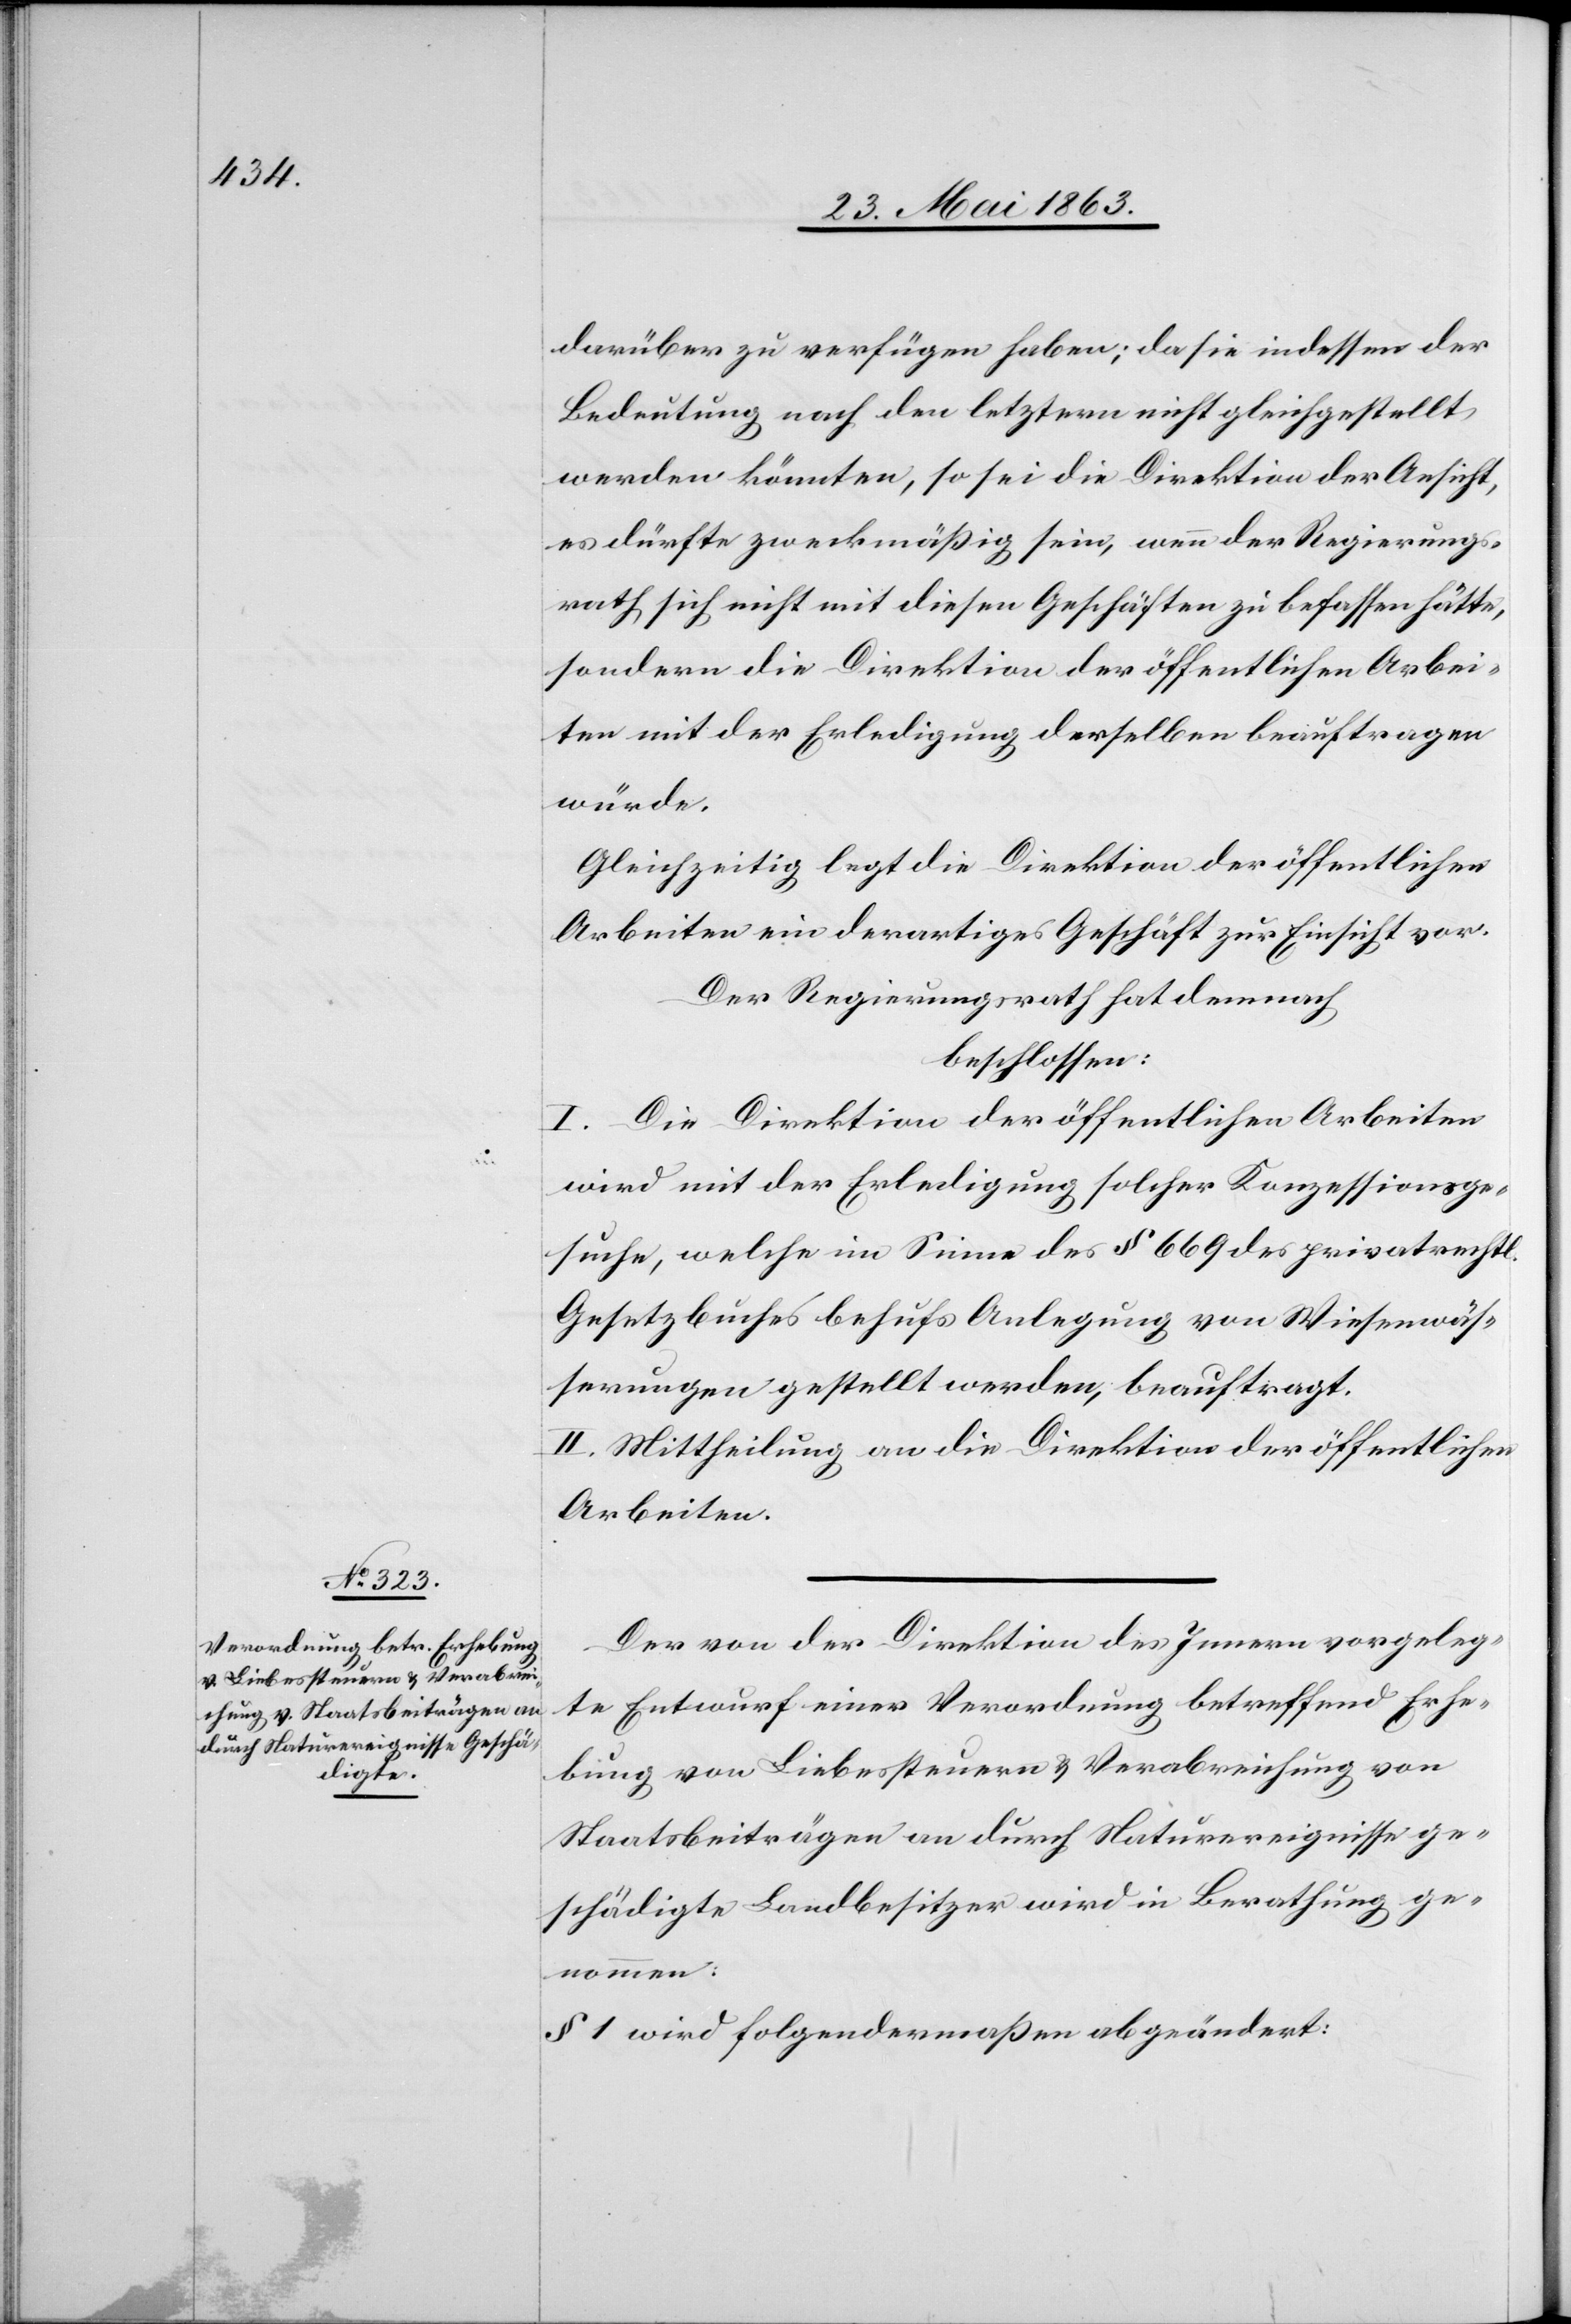
darüber zu verfügen haben; da sie indessen der
Bedeutung nach den letztern nicht gleichgestellt
werden könnten, so sei die Direktion der Ansicht,
es dürfte zweckmäßig sein, wenn der Regierungs¬
rath sich nicht mit diesen Geschäften zu befassen hätte,
sondern die Direktion der öffentlichen Arbei¬
ten mit der Erledigung derselben beauftragen
würde.
Gleichzeitig legt die Direktion der öffentlichen
Arbeiten ein derartiges Gesuch zur Einsicht vor.
Der Regierungsrath hat demnach
beschlossen:
I. Die Direktion der öffentlichen Arbeiten
wird mit der Erledigung solcher Konzessionsge¬
suche, welche im Sinne des § 669 des privatrechtl.
Gesetzbuches behufs Anlegung von Wiesenwäs¬
serungen gestellt werden, beauftragt.
II. Mittheilung an die Direktion der öffentlichen
Arbeiten.
Der von der Direktion des Innern vorgeleg¬
te Entwurf einer Verordnung betreffend Erhe¬
bung von Liebessteuern & Verabreichung von
Staatsbeiträgen an durch Naturereignisse ge¬
schädigte Landbesitzer wird in Berathung ge¬
nommen:
§ 1 wird folgendermaßen abgeändert: